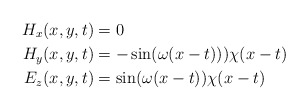
\begin{align*}H_x(x,y,t) &= 0 \\H_y(x,y,t) &= - \sin( \omega (x-t))) \chi(x-t)\\E_z(x,y,t) &= \sin( \omega (x-t)) \chi(x-t) \end{align*}